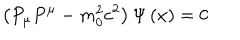
\left( P _ { \mu } P ^ { \mu } - m _ { 0 } ^ { 2 } c ^ { 2 } \right) \Psi \left( x \right) = 0